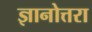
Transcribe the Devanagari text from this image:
ज्ञानोत्तरा